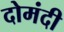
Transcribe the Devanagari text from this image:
दोमंदी